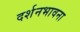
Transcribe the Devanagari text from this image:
दर्शनभावना